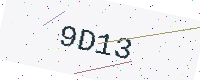
Text: 9D13